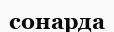
сонарда